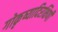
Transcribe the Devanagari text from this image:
गोकृष्यादिरक्षिणी